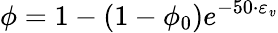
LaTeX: \phi=1-(1-\phi_{0})e^{-50\cdot\varepsilon_{\mathit{v}}}